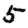
Digit: 5